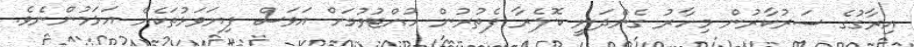
އިރާގުގެ ސަރުކާރުން މިހާރު ގެންދަނީ ކޮލެރާ ފެތުރުން ހުއްޓުވުމަށް އަވަސް ފިޔަވަޅުތަކެއް އަޅަމުންނެވެ.